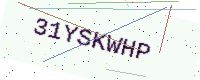
Text: 31YSKWHP